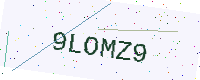
Text: 9LOMZ9